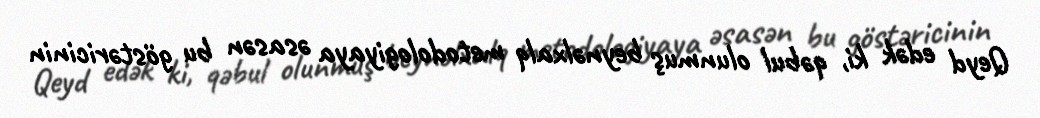
Qeyd edək ki, qəbul olunmuş beynəlxalq metodologiyaya əsasən bu göstəricinin